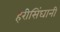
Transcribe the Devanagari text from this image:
हरीसिंघानी